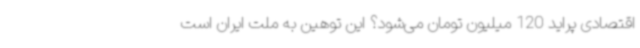
اقتصادی پراید 120 میلیون تومان می‌شود؟ این توهین به ملت ایران است